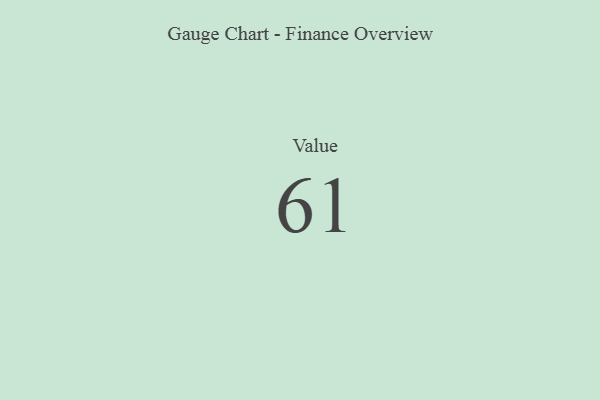
{"axis": {"x": "Metric", "y": "Value"}, "legend": [""], "data": [{"x": "Value", "y": 61, "type": ""}]}